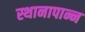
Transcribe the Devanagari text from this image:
स्थानापान्न